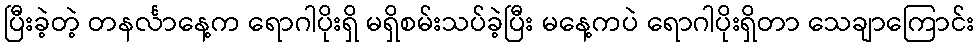
ပြီးခဲ့တဲ့ တနင်္လာနေ့က ရောဂါပိုးရှိ မရှိစမ်းသပ်ခဲ့ပြီး မနေ့ကပဲ ရောဂါပိုးရှိတာ သေချာကြောင်း